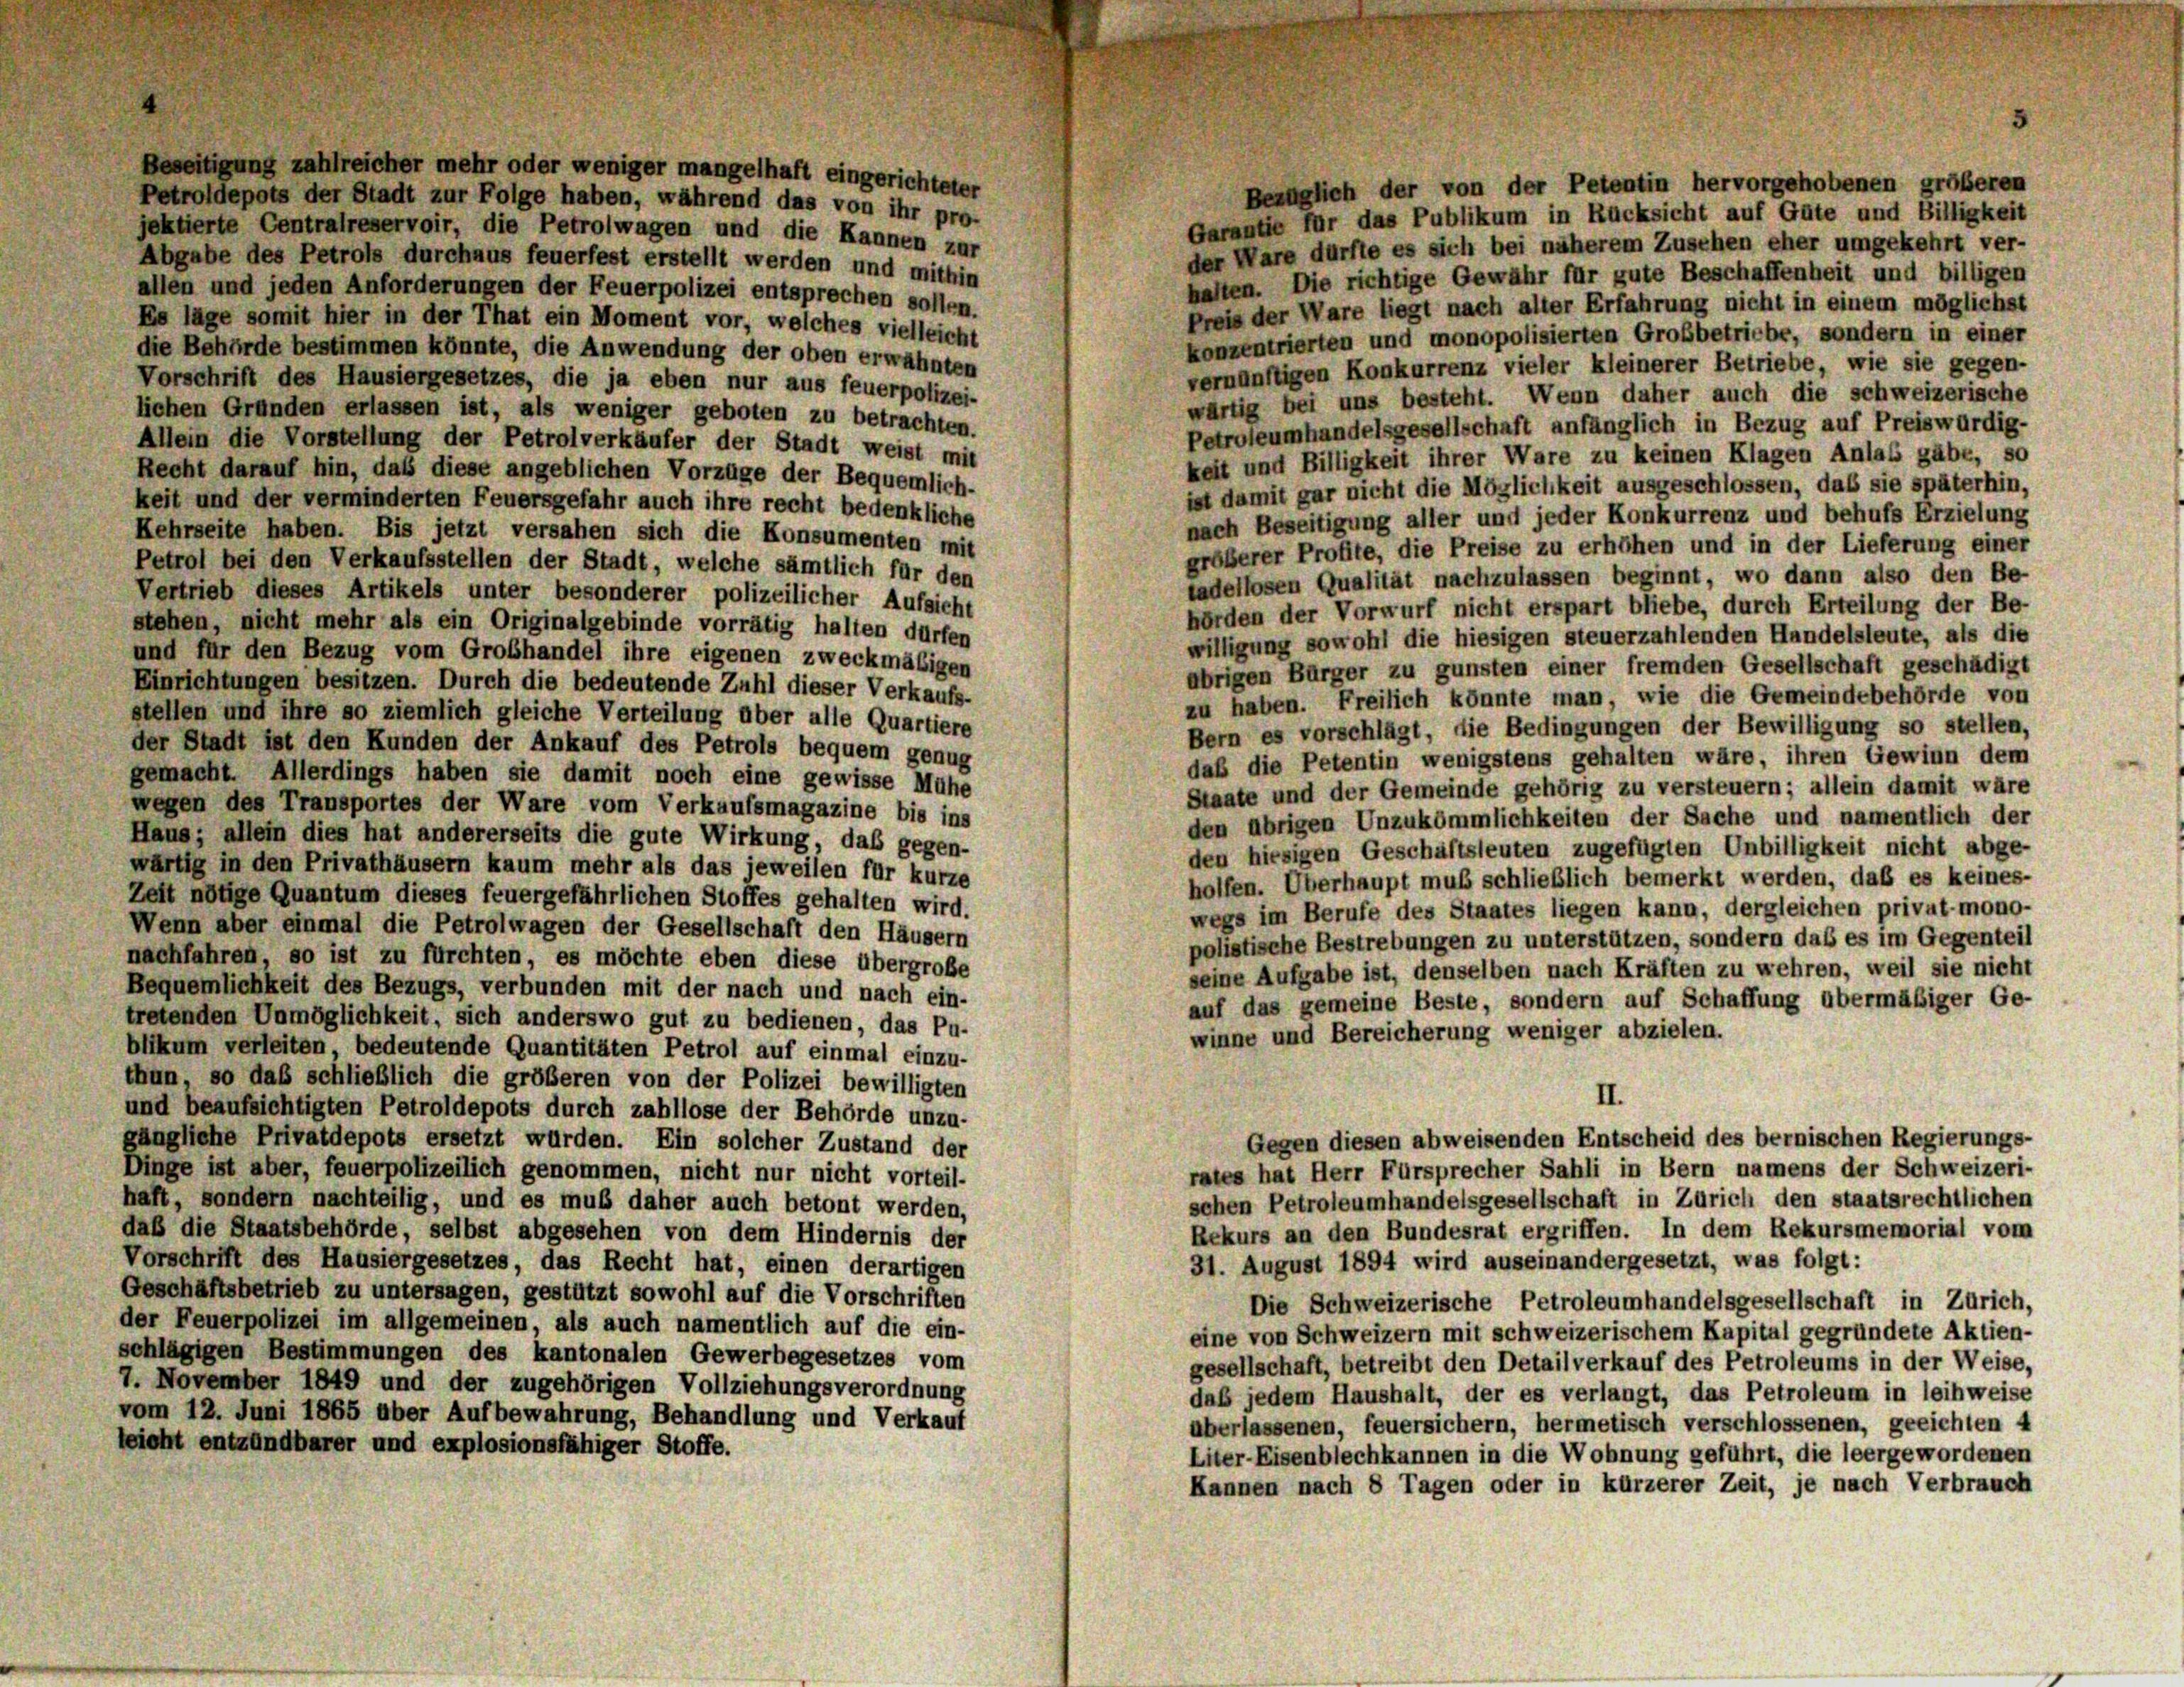
Beseitigung zahlreicher mehr oder weniger mangelhaft eingerichteter
Bezüglich der von der Petentin hervorgehobenen größeren
Petroldepots der Stadt zur Folge haben, während das von ihr pro-
Garantie für das Publikum in Rücksicht auf Güte und Billigkeit
jektierte Centralreservoir, die Petrolwagen und die Kannen zur
der Ware dürfte es sich bei näherem Zusehen eher umgekehrt ver-
Abgabe des Petrols durchaus feuerfest erstellt werden und mithin
halten. Die richtige Gewähr für gute Beschaffenheit und billigen
allen und jeden Anforderungen der Feuerpolizei entsprechen sollen.
Preis der Ware liegt nach alter Erfahrung nicht in einem möglichst
Es läge somit hier in der That ein Moment vor, welches vielleicht
konzentrierten und monopolisierten Grobbetriebe, sondern in einer
die Behörde bestimmen könnte, die Anwendung der oben erwähnten
vernünftigen Konkurrenz vieler kleinerer Betriebe, wie sie gegen-
Vorschrift des Hausiergesetzes, die ja eben nur aus feuerpolizei-
wärtig bei uns besteht. Wenn daher auch die schweizerische
lichen Gründen erlassen ist, als weniger geboten zu betrachten.
Petroleumhandelsgesellschaft anfänglich in Bezug auf Preiswürdig-
Allein die Vorstellung der Petrolverkäufer der Stadt weist mit
keit und Billigkeit ihrer Ware zu keinen Klagen Anlass gäbe, so
Recht darauf hin, daß diese angeblichen Vorzüge der Bequemlich-
ist damit gar nicht die Möglichkeit ausgeschlossen, das sie späterhin,
keit und der verminderten Feuersgefahr auch ihre recht bedenkliche
nach Beseitigung aller und jeder Konkurrenz und behufs Erzielung
Kehrseite haben. Bis jetzt versahen sich die Konsumenten mit
größerer Profite, die Preise zu erhöhen und in der Lieferung einer
Petrol bei den Verkaufsstellen der Stadt, welche sämtlich für den
tadellosen Qualität nachzulassen beginnt, wo dann also den Be-
Vertrieb dieses Artikels unter besonderer polizeilicher Aufsicht
hörden der Vorwurf nicht erspart bliebe, durch Erteilung der Be-
stehen, nicht mehr als ein Originalgebinde vorrätig halten dürfen
willigung sowohl die hiesigen steuerzahlenden Handelsleute, als die
und für den Bezug vom Grobhandel ihre eigenen zweckmäßigen
abrigen Bürger zu gunsten einer fremden Gesellschaft geschädigt
Einrichtungen besitzen. Durch die bedeutende Zuhl dieser Verkaufs-
zu haben. Freilich könnte man, wie die Gemeindebehörde von
stellen und ihre so ziemlich gleiche Verteilung über alle Quartiere
Bern es vorschlägt, die Bedingungen der Bewilligung so stellen,
der Stadt ist den Kunden der Ankauf des Petrols bequem genug
daß die Petentin wenigstens gehalten wäre, ihren Gewinn dem
gemacht. Allerdings haben sie damit noch eine gewisse Mühe
Staate und der Gemeinde gehörig zu versteuern; allein damit wäre
wegen des Transportes der Ware vom Verkaufsmagazine bis ins
den übrigen Unzukömmlichkeiten der Sache und namentlich der
Haus; allein dies hat andererseits die gute Wirkung, daß gegen-
den hiesigen Geschäftsleuten zugefügten Unbilligkeit nicht abge-
wärtig in den Privathäusern kaum mehr als das jeweilen für kurze
holfen. Überhaupt muß schließlich bemerkt werden, daß es keines-
Zeit nötige Quantum dieses feuergefährlichen Stoffes gehalten wird.
wegs im Berufe des Staates liegen kann, dergleichen privat- mono-
Wenn aber einmal die Petrolwagen der Gesellschaft den Häusern
polistische Bestrebungen zu unterstützen, sondern das es im Gegenteil
nachfahren, so ist zu fürchten, es möchte eben diese übergroße
seine Aufgabe ist, denselben nach Kräften zu wehren, weil sie nicht
Bequemlichkeit des Bezugs, verbunden mit der nach und nach ein-
auf das gemeine Beste, sondern auf Schaffung übermäßiger Ge-
tretenden Unmöglichkeit, sich anderswo gut zu bedienen, das Pu-
winne und Bereicherung weniger abzielen.
blikum verleiten, bedeutende Quantitäten Petrol auf einmal einzu-
thun, so das schließlich die größeren von der Polizei bewilligten
II.
und beaufsichtigten Petroldepots durch zahllose der Behörde unzu-
gängliche Privatdepots ersetzt wurden. Ein solcher Zustand der
Gegen diesen abweisenden Entscheid des bernischen Regierungs-
rates hat Herr Fürsprecher Sahli in Bern namens der Schweizeri-
Dinge ist aber, feuerpolizeilich genommen, nicht nur nicht vorteil-
schen Petroleumhandelsgesellschaft in Zürich den staatsrechtlichen
haft, sondern nachteilig, und es muß daher auch betont werden,
Rekurs an den Bundesrat ergriffen. In dem Rekursmemorial vom
daß die Staatsbehörde, selbst abgesehen von dem Hindernis der
Vorschrift des Hausiergesetzes, das Recht hat, einen derartigen
31. August 1894 wird auseinandergesetzt, was folgt:
Geschäftsbetrieb zu untersagen, gestützt sowohl auf die Vorschriften
Die Schweizerische Petroleumhandelsgesellschaft in Zürich,
der Feuerpolizei im allgemeinen, als auch namentlich auf die ein-
eine von Schweizern mit schweizerischem Kapital gegründete Aktien-
schlägigen Bestimmungen des kantonalen Gewerbegesetzes vom
gesellschaft, betreibt den Detailverkauf des Petroleums in der Weise,
7. November 1849 und der zugehörigen Vollziehungsverordnung
daß jedem Haushalt, der es verlangt, das Petroleum in leihweise
vom 12. Juni 1865 über Aufbewahrung, Behandlung und Verkauf
überlassenen, feuersichern, hermetisch verschlossenen, geeichten 4
leicht entzündbarer und explosionsfähiger Stoffe.
Liter-Eisenblechkannen in die Wohnung geführt, die leergewordenen
Kannen nach 8 Tagen oder in kürzerer Zeit, je nach Verbrauch